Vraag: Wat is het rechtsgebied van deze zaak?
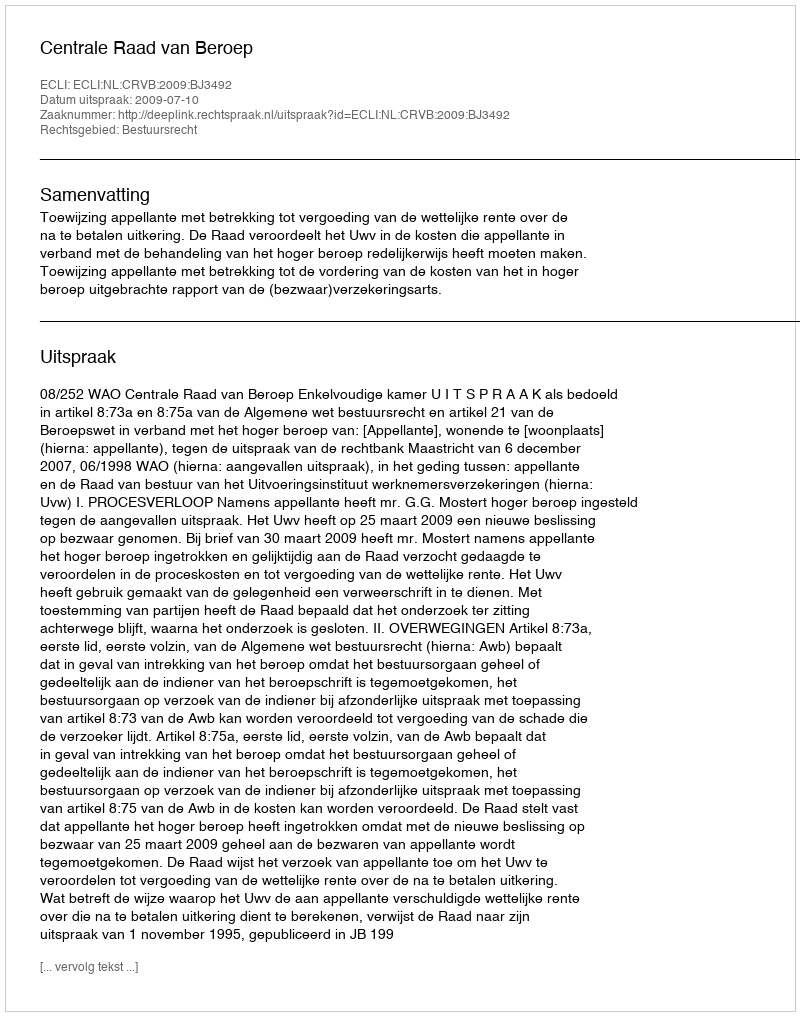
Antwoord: Bestuursrecht